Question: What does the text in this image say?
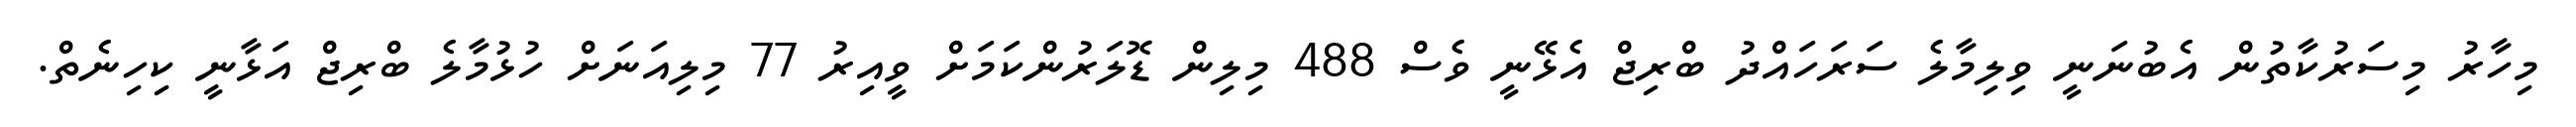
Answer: މިހާރު މިސަރުކާތުން އެބުނަނީ ވިލިމާލެ ސަރަހައްދު ބްރިޖް އެޅޭނީ ވެސް 488 މިލިން ޑޮލަރުންކަމަށް ވީއިރު 77 މިލިއަނަށް ހުޅުމާލެ ބްރިޖް އަޅާނީ ކިހިނެތް.